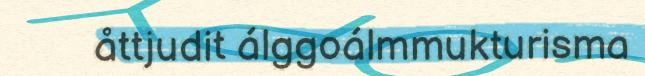
åttjudit álggoálmmukturisma